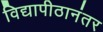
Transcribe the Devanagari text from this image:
विद्यापीठानंतर